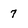
Character: 7